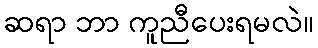
ဆရာ ဘာ ကူညီပေးရမလဲ။